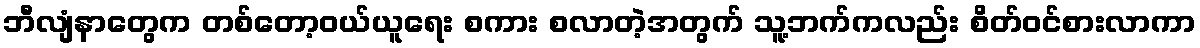
ဘီလျံနာတွေက တစ်တော့ဝယ်ယူရေး စကား စလာတဲ့အတွက် သူ့ဘက်ကလည်း စိတ်ဝင်စားလာကာ